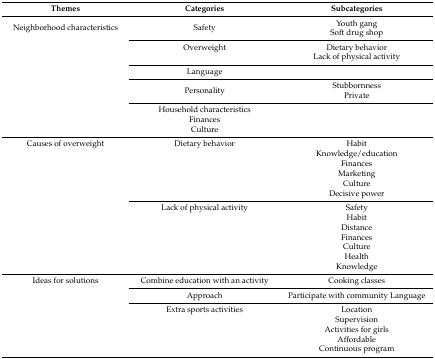
| Themes | Categories | Subcategories |
 | --- | --- | --- |
 | Neighborhood characteristics | Safety | Youth gang Soft drug shop |
 |  | Overweight | Dietary behavior |
 |  |  | Lack of physical activity |
 |  | Language |  |
 |  | Personality | Stubbornness Private |
 |  | Household characteristics |  |
 |  | Finances |  |
 |  | Culture |  |
 | Causes of overweight | Dietary behavior | Habit |
 |  |  | Knowledge/education |
 |  |  | Finances |
 |  |  | Marketing |
 |  |  | Culture |
 |  |  | Decisive power |
 |  | Lack of physical activity | Safety |
 |  |  | Habit |
 |  |  | Distance |
 |  |  | Finances |
 |  |  | Culture |
 |  |  | Health Knowledge |
 | Ideas for solutions | Combine education with an activity | Cooking classes |
 |  | Approach | Participate with community Language |
 |  | Extra sports activities | Location |
 |  |  | Supervision |
 |  |  | Activities for girls |
 |  |  | Affordable |
 |  |  | Continuous program |